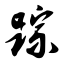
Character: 踪